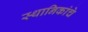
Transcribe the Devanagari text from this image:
स्थानिकांचे